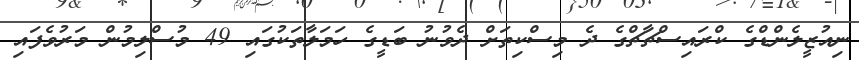
ނިއުޒީލެންޑްގެ ކްރައިސްޗާޗްގެ ދެ މިސްކިތަށް ދެވުނު ބަޑީގެ ހަމަލާތަކުގައި 49 މުސްލިމުން މަރުވެފައި